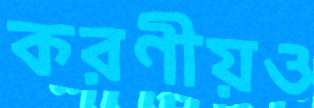
করণীয়ও